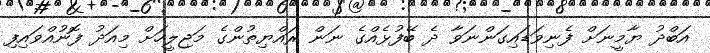
އަބްދު ޔާމީނަށް ފެނިވަޑައިގަންނަވާ ދެ ބޭފުޅެއްގެ ނަން ރައްޔިތުންގެ މަޖިލީހަށް މިއަދު ފޮނުއްވައިފި